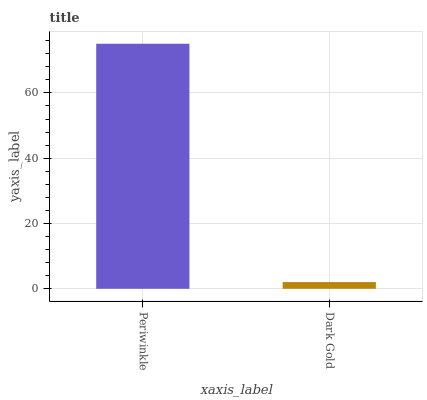
| xaxis_label | bars |
 | --- | --- |
 | Periwinkle | 75.1 |
 | Dark Gold | 2.06 |